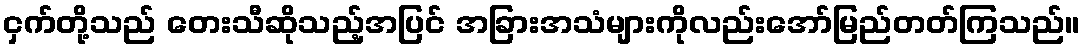
ငှက်တို့သည် တေးသီဆိုသည့်အပြင် အခြားအသံများကိုလည်းအော်မြည်တတ်ကြသည်။